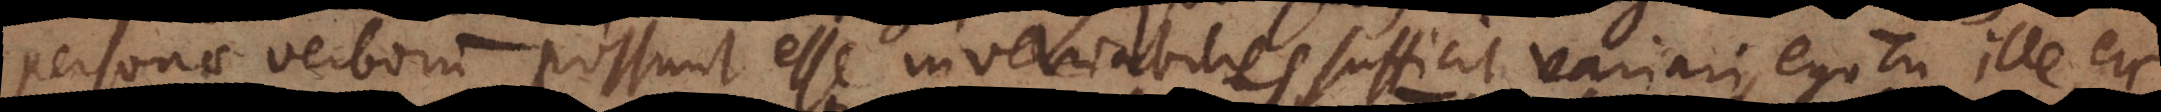
personae verborum possunt esse invariabiles, sufficit variari, ego, tu, ille,